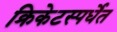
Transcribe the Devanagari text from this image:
क्रिकेटस्पर्धेत